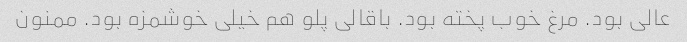
عالی بود. مرغ خوب پخته بود. باقالی پلو هم خیلی خوشمزه بود. ممنون